Vaccination United Provinces of Agra and Oudh 1923-1928 - 1923-1928
Year: 1923
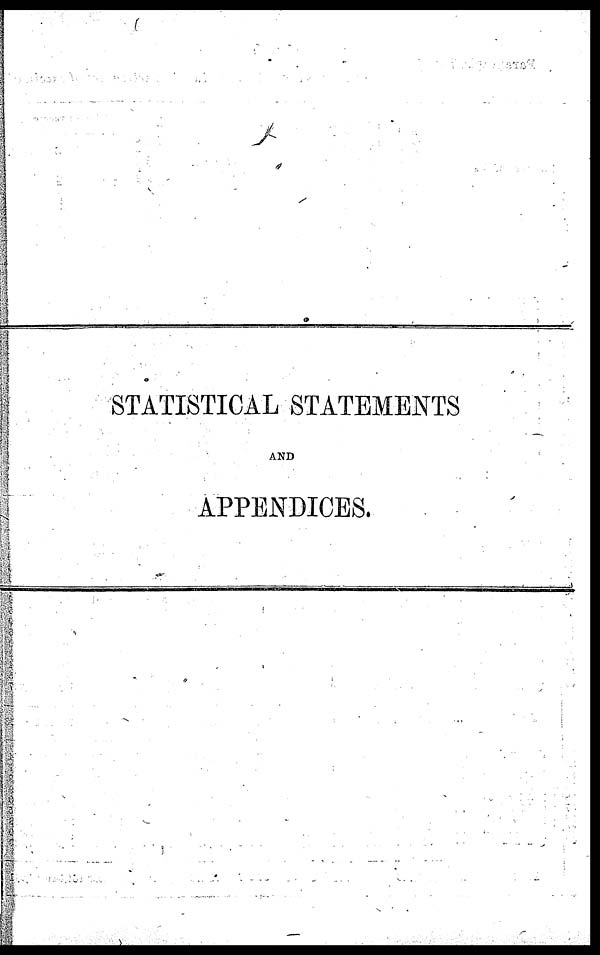
STATISTICAL STATEMENTS
AND
APPENDICES.